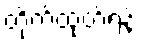
တိုက်ထုတ်ရန်